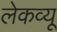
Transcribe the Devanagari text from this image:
लेकव्यू